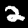
Label: 2